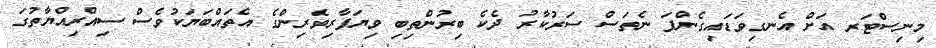
މިނިސްޓަރ އަށް އެނގިވަޑައިގެންފަ ނެތަސް ސަރުކާރު ދެކެ ބިރުންތިބި ވިޔަފާރިވެރިންގެ އެތައްބަޔަކުވެސް ސިއްރިއްޔާތުގަ